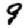
Digit: 9